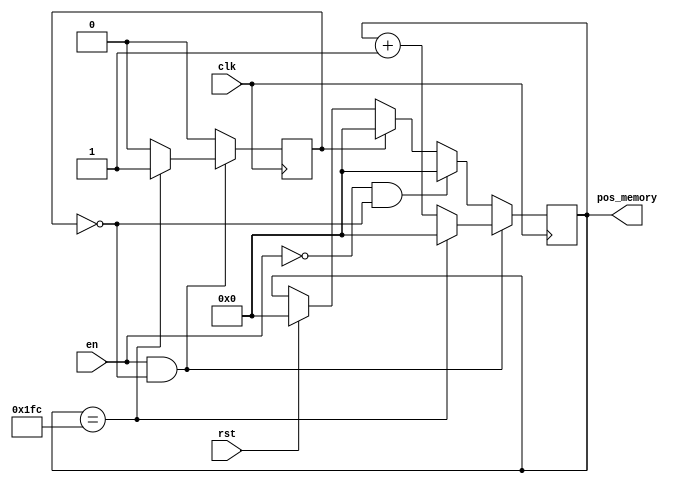
`timescale 1ns / 1ps
//////////////////////////////////////////////////////////////////////////////////
// Company: 
// Engineer: 
// 
// Design Name: 
// Module Name: counterPositionMemMax
// Project Name: 
// Target Devices: 
// Tool Versions: 
// Description: 
// 
// Dependencies: 
// 
// Revision:
// Revision 0.01 - File Created
// Additional Comments:
// 
//////////////////////////////////////////////////////////////////////////////////


module counterPositionMemMax#(
    //full connected
    parameter dataWidthMax=8, dataWidthWeight=16,
    parameter dataWidthCount= 10,
    parameter numWeightRstlMax = 507
  
    
    
  
    
    
)
(
    input clk,
    input en,
    input rst,
    //input [dataWidthMax-1:0] rdata_max,
    //input [dataWidthWeight-1:0] rdata_weight,
    
    output[dataWidthCount-1:0] pos_memory
    

);


    reg [dataWidthCount-1:0] count;
    reg once;
    
    initial
    begin
        count <= 4'd0;
        once <= 0;
    end
    
    always @(posedge clk)
    begin
        if(rst)
        begin
            count <= 4'd0;
            once <= 0;
        end
        if(once)
        begin
            count <= 4'd0;
            once <= 0;
        end        
        if(en && !once)
        begin
            count <= count + 4'd1;
            if(count == (numWeightRstlMax - 1 + 1 + 1))
            begin
                count <= 4'd0;
                once <= 1;                
            end
        end
        else if(!en && !once)
        begin
            count<= 4'd0;
            once <= 0;        
        end        
    end 
    
    assign pos_memory = count;

    
    
    
    
    
endmodule